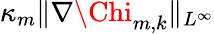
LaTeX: \kappa_{m}\| \nabla{\Chi}_{m,k}\| _{L^{\infty}}